Indian journal of veterinary science and animal husbandry - Volume 4,
Year: 1934
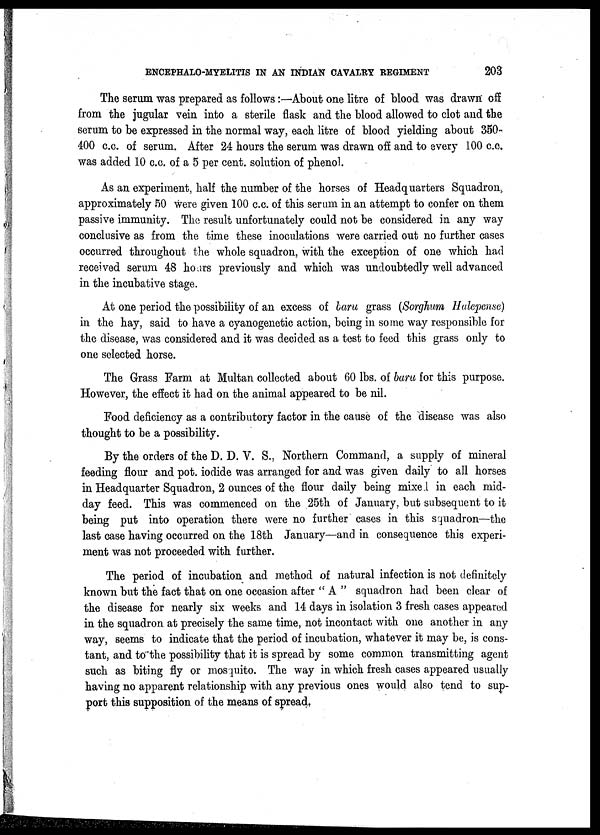
ENCEPHALO-MYELITIS IN AN INDIAN CAVALRY REGIMENT
203
The serum was prepared as follows:—About one litre of blood was drawn off
from the jugular vein into a sterile flask and the blood allowed to clot and the
serum to be expressed in the normal way, each litre of blood yielding about 350-
400 c.c. of serum. After 24 hours the serum was drawn off and to every 100 c.c.
was added 10 c.c. of a 5 per cent. solution of phenol.
As an experiment, half the number of the horses of Headquarters Squadron,
approximately 50 were given 100 c.c. of this serum in an attempt to confer on them
passive immunity. The result unfortunately could not be considered in any way
conclusive as from the time these inoculations were carried out no further cases
occurred throughout the whole squadron, with the exception of one which had
received serum 48 hours previously and which was undoubtedly well advanced
in the incubative stage.
At one period the possibility of an excess of baru grass (Sorghum Halepense)
in the hay, said to have a cyanogenetic action, being in some way responsible for
the disease, was considered and it was decided as a test to feed this grass only to
one selected horse.
The Grass Farm at Multan collected about 60 lbs. of baru for this purpose.
However, the effect it had on the animal appeared to be nil.
Food deficiency as a contributory factor in the cause of the disease was also
thought to be a possibility.
By the orders of the D. D. V. S., Northern Command, a supply of mineral
feeding flour and pot. iodide was arranged for and was given daily to all horses
in Headquarter Squadron, 2 ounces of the flour daily being mixed in each mid-
day feed. This was commenced on the 25th of January, but subsequent to it
being put into operation there were no further cases in this squadron—the
last case having occurred on the 18th January—and in consequence this experi-
ment was not proceeded with further.
The period of incubation and method of natural infection is not definitely
known but the fact that on one occasion after "A" squadron had been clear of
the disease for nearly six weeks and 14 days in isolation 3 fresh cases appeared
in the squadron at precisely the same time, not incontact with one another in any
way, seems to indicate that the period of incubation, whatever it may be, is cons-
tant, and to the possibility that it is spread by some common transmitting agent
such as biting fly or mosquito. The way in which fresh cases appeared usually
having no apparent relationship with any previous ones would also tend to sup-
port this supposition of the means of spread,